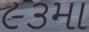
૯૩મા